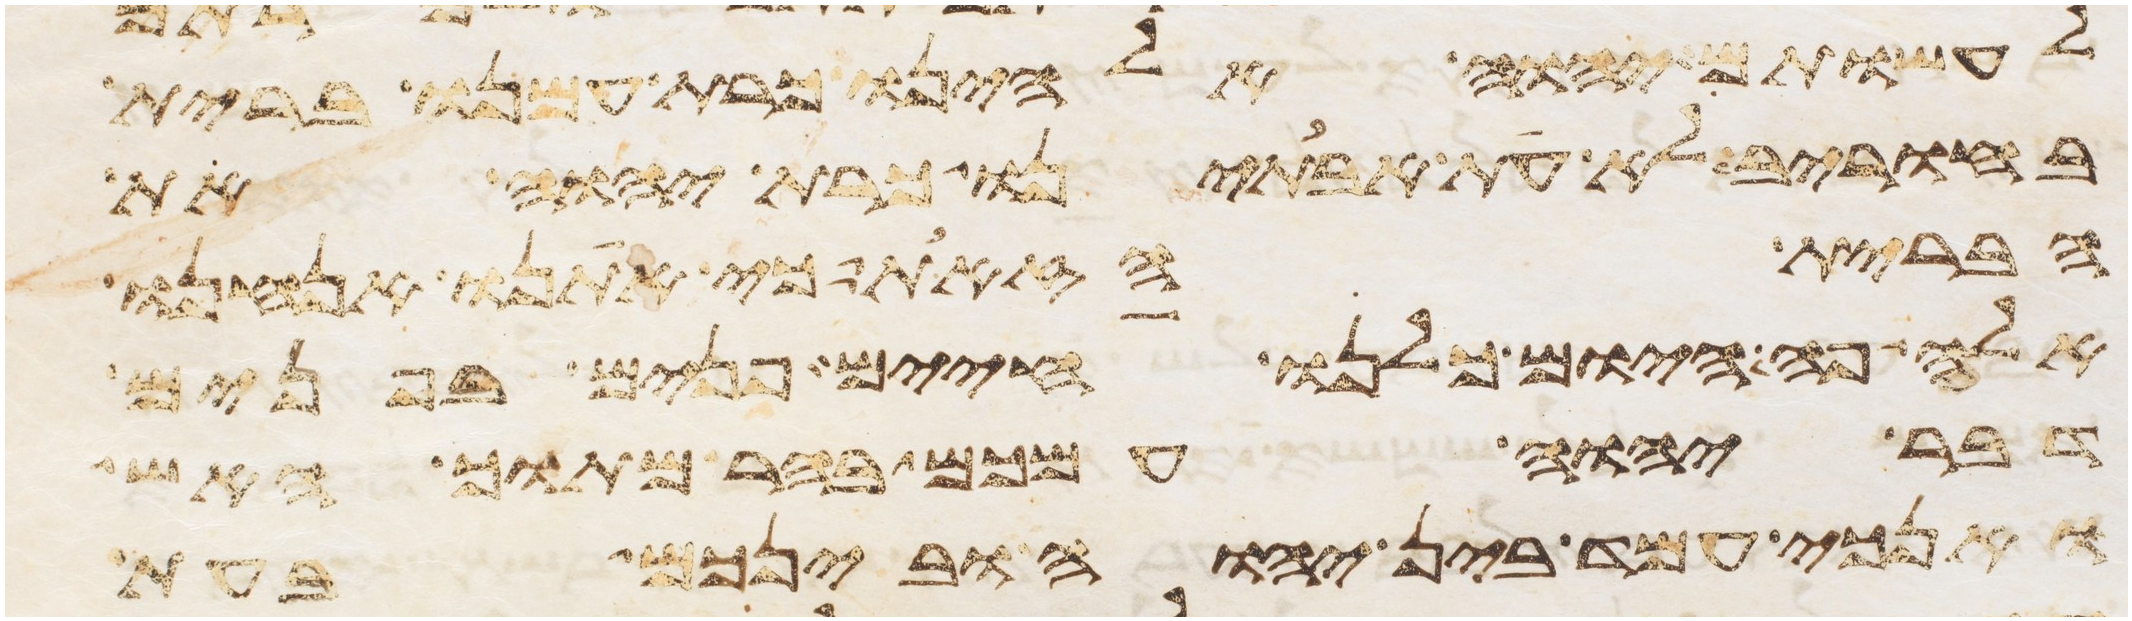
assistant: לעשותם יהוה אלהינו כרת עמנו ברית
בחורב לא את אבתינו כרת יהוה את
הברית הזאת כי אתנו אנחנו
אלה פה היום כלנו חיים פנים בפנים
דבר יהוה עמכם בהר מתוך האש
ואנכי עמד בין יהוה ובינכם בעת